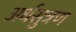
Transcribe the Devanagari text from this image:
अर्धसुत्रण